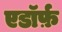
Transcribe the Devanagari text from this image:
एडॉर्फ़